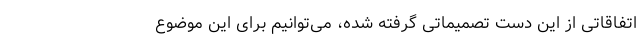
اتفاقاتی از این دست تصمیماتی گرفته شده، می‌توانیم برای این موضوع